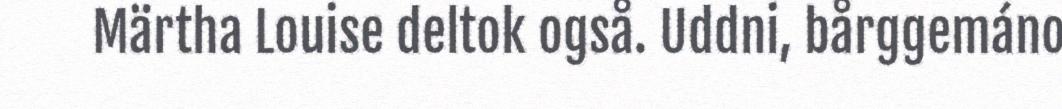
Märtha Louise deltok også. Uddni, bårggemáno